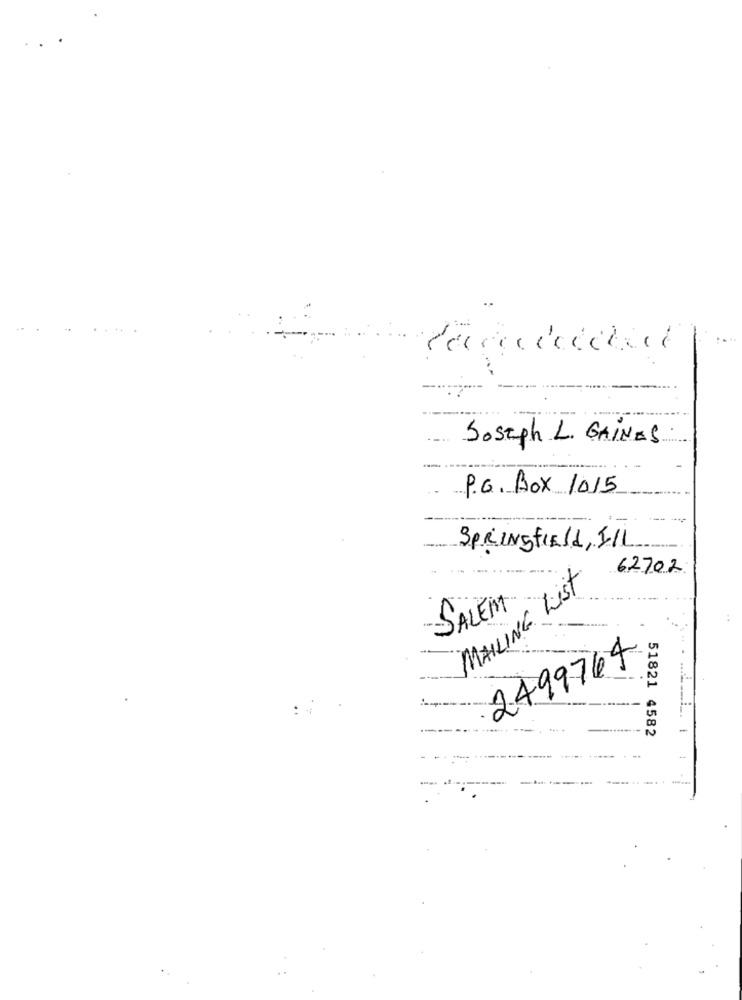
Soseph L. GAINES
P.O. Box 1015
SPRINGfield, I/L
62702
MAILING List
-SALEM
2499764
51821 4582